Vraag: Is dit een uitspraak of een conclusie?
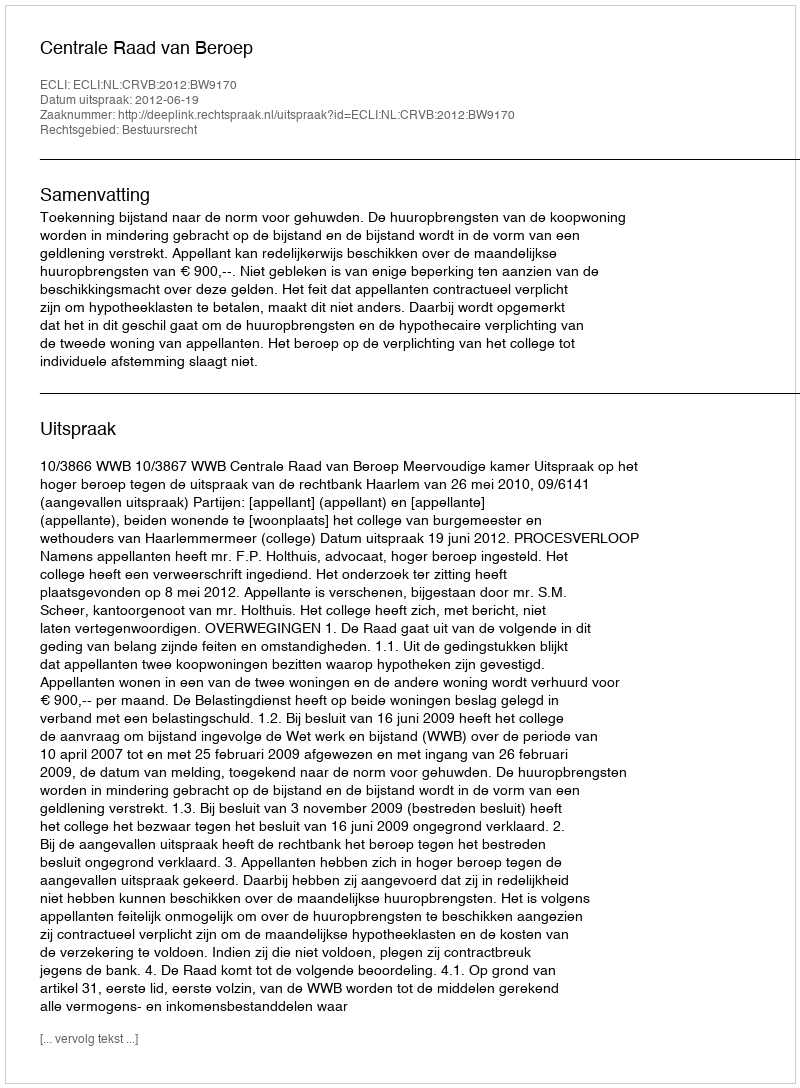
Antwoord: Uitspraak